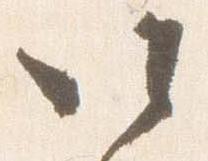
以